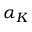
\alpha _ { K }